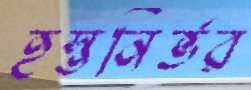
হস্তনির্ভর